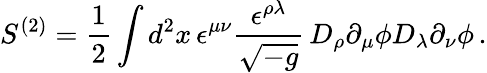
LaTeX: S^{(2)}=\frac{1}{2}\int d^{2}x\, \epsilon^{\mu\nu}\frac{\epsilon^{\rho\lambda}}{\sqrt{-g}}\, D_{\rho}\partial_{\mu}\phi D_{\lambda}\partial_{\nu}\phi\, .